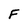
Character: F